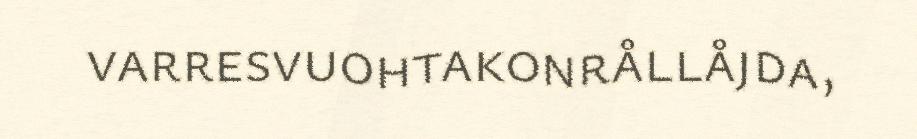
varresvuohtakonrållåjda,